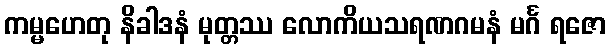
ကမ္မဟေတု နိခါဒနံ မုတ္တဿ လောကိယသရဏဂမနံ မင်္ဂ ရဇော